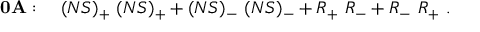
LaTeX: { \bf 0 A } : \quad ( N S ) _ { + } \ ( N S ) _ { + } + ( N S ) _ { - } \ ( N S ) _ { - } + R _ { + } \ R _ { - } + R _ { - } \ R _ { + } \ .